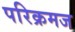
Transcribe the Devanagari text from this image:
परिक्रमज